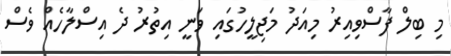
މި ބިލް ފާސްވިއިރު މިއަދު މަޖިލީހުގައި ވަނީ އިތުރު ދެ އިސްލާހެއް ވެސް